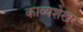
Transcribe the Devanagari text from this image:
काव्यशेखर